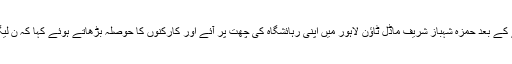
لاہور ہائی کورٹ سے ریلیف ملنے کے بعد حمزہ شہباز شریف ماڈل ٹاؤن لاہور میں اپنی رہائشگاہ کی چھت پر آئے اور کارکنوں کا حوصلہ بڑھاتے ہوئے کہا کہ ن لیگ کے کارکن نہیں میرا خاندان ہیں۔